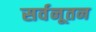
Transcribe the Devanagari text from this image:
सर्वनूतन